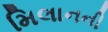
મિલાનની